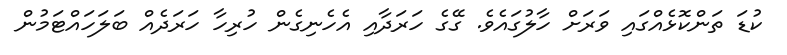
ކުޑަ ތަންކޮޅެއްގައި ވަރަށް ހާލުގައެވެ. ގޭގެ ހަރަދާއި އެހެނިގެން ހުރިހާ ހަރަދެއް ބަލަހައްޓަމުން